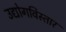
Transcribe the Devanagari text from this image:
उद्योगविस्तार